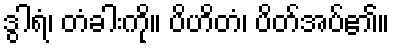
ဒွါရံ၊ တံခါးကို။ ပိဟိတံ၊ ပိတ်အပ်၏။